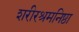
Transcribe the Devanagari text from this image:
शरीरश्रमनिष्ठा